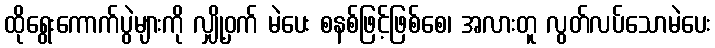
ထိုရွေးကောက်ပွဲများကို လျှို့ဝှက် မဲပေး စနစ်ဖြင့်ဖြစ်စေ၊ အလားတူ လွတ်လပ်သောမဲပေး